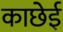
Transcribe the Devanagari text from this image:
काछेई